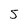
Character: 5